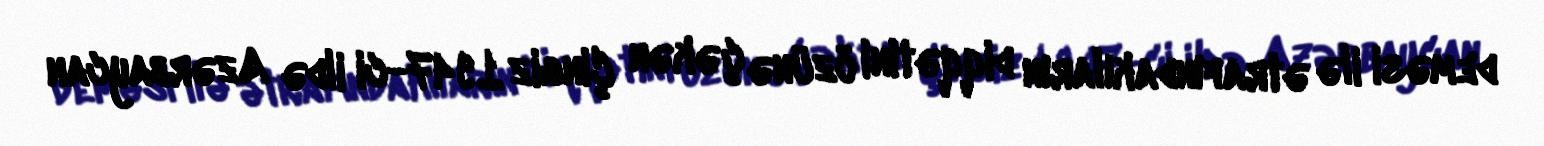
deməsi ilə ətrafındakıların diqqətini özünə çəkən Çingiz 1947-ci ildə Azərbaycan